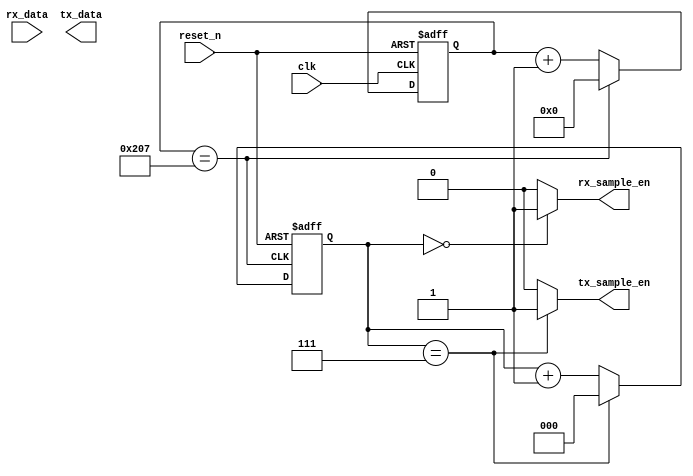
module uart_timing_ctrl_and_sync (
    input wire clk, // system clock
    input wire reset_n, // active-low synchronous reset signal
    input wire rx_data, // received data signal
    output wire tx_data, // transmitted data signal
    output wire rx_sample_en, // enable signal for sampling received data
    output wire tx_sample_en // enable signal for sampling transmitted data
);

// Define baud rate clock generator
reg [11:0] baud_counter;
localparam BAUD_DIVIDER = 520; // baud divider for 9600 baud rate
always @(posedge clk or negedge reset_n) begin
    if (~reset_n) begin
        baud_counter <= 12'h0;
    end else begin
        if (baud_counter == BAUD_DIVIDER-1) begin
            baud_counter <= 12'h0;
        end else begin
            baud_counter <= baud_counter + 1;
        end
    end
end

// Generate baud rate clock
wire baud_clk = (baud_counter == BAUD_DIVIDER-1);

// Data sampling logic
reg [2:0] sample_counter;
always @(posedge baud_clk or negedge reset_n) begin
    if (~reset_n) begin
        sample_counter <= 3'b0;
    end else begin
        if (sample_counter == 3'b111) begin
            sample_counter <= 3'b0;
        end else begin
            sample_counter <= sample_counter + 1;
        end
    end
end

assign rx_sample_en = (sample_counter == 3'b000) ? 1'b1 : 1'b0;
assign tx_sample_en = (sample_counter == 3'b111) ? 1'b1 : 1'b0;

// Start and stop bit detection logic
reg start_bit_detected;
always @(posedge baud_clk or negedge reset_n) begin
    if (~reset_n) begin
        start_bit_detected <= 1'b0;
    end else begin
        if (rx_data & ~start_bit_detected) begin
            start_bit_detected <= 1'b1;
        end else if (rx_sample_en) begin
            start_bit_detected <= 1'b0;
        end
    end
end

reg stop_bit_detected;
always @(posedge baud_clk or negedge reset_n) begin
    if (~reset_n) begin
        stop_bit_detected <= 1'b0;
    end else begin
        if (~rx_data & start_bit_detected) begin
            stop_bit_detected <= 1'b1;
        end else if (rx_sample_en) begin
            stop_bit_detected <= 1'b0;
        end
    end
end

// Ensure proper synchronization between transmitter and receiver
// Implement error detection and recovery mechanisms here

endmodule